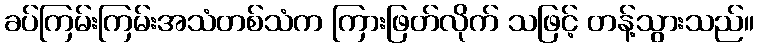
ခပ်ကြမ်းကြမ်းအသံတစ်သံက ကြားဖြတ်လိုက် သဖြင့် တန့်သွားသည်။